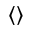
\langle \rangle